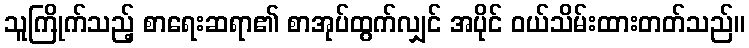
သူကြိုက်သည့် စာရေးဆရာ၏ စာအုပ်ထွက်လျှင် အပိုင် ဝယ်သိမ်းထားတတ်သည်။